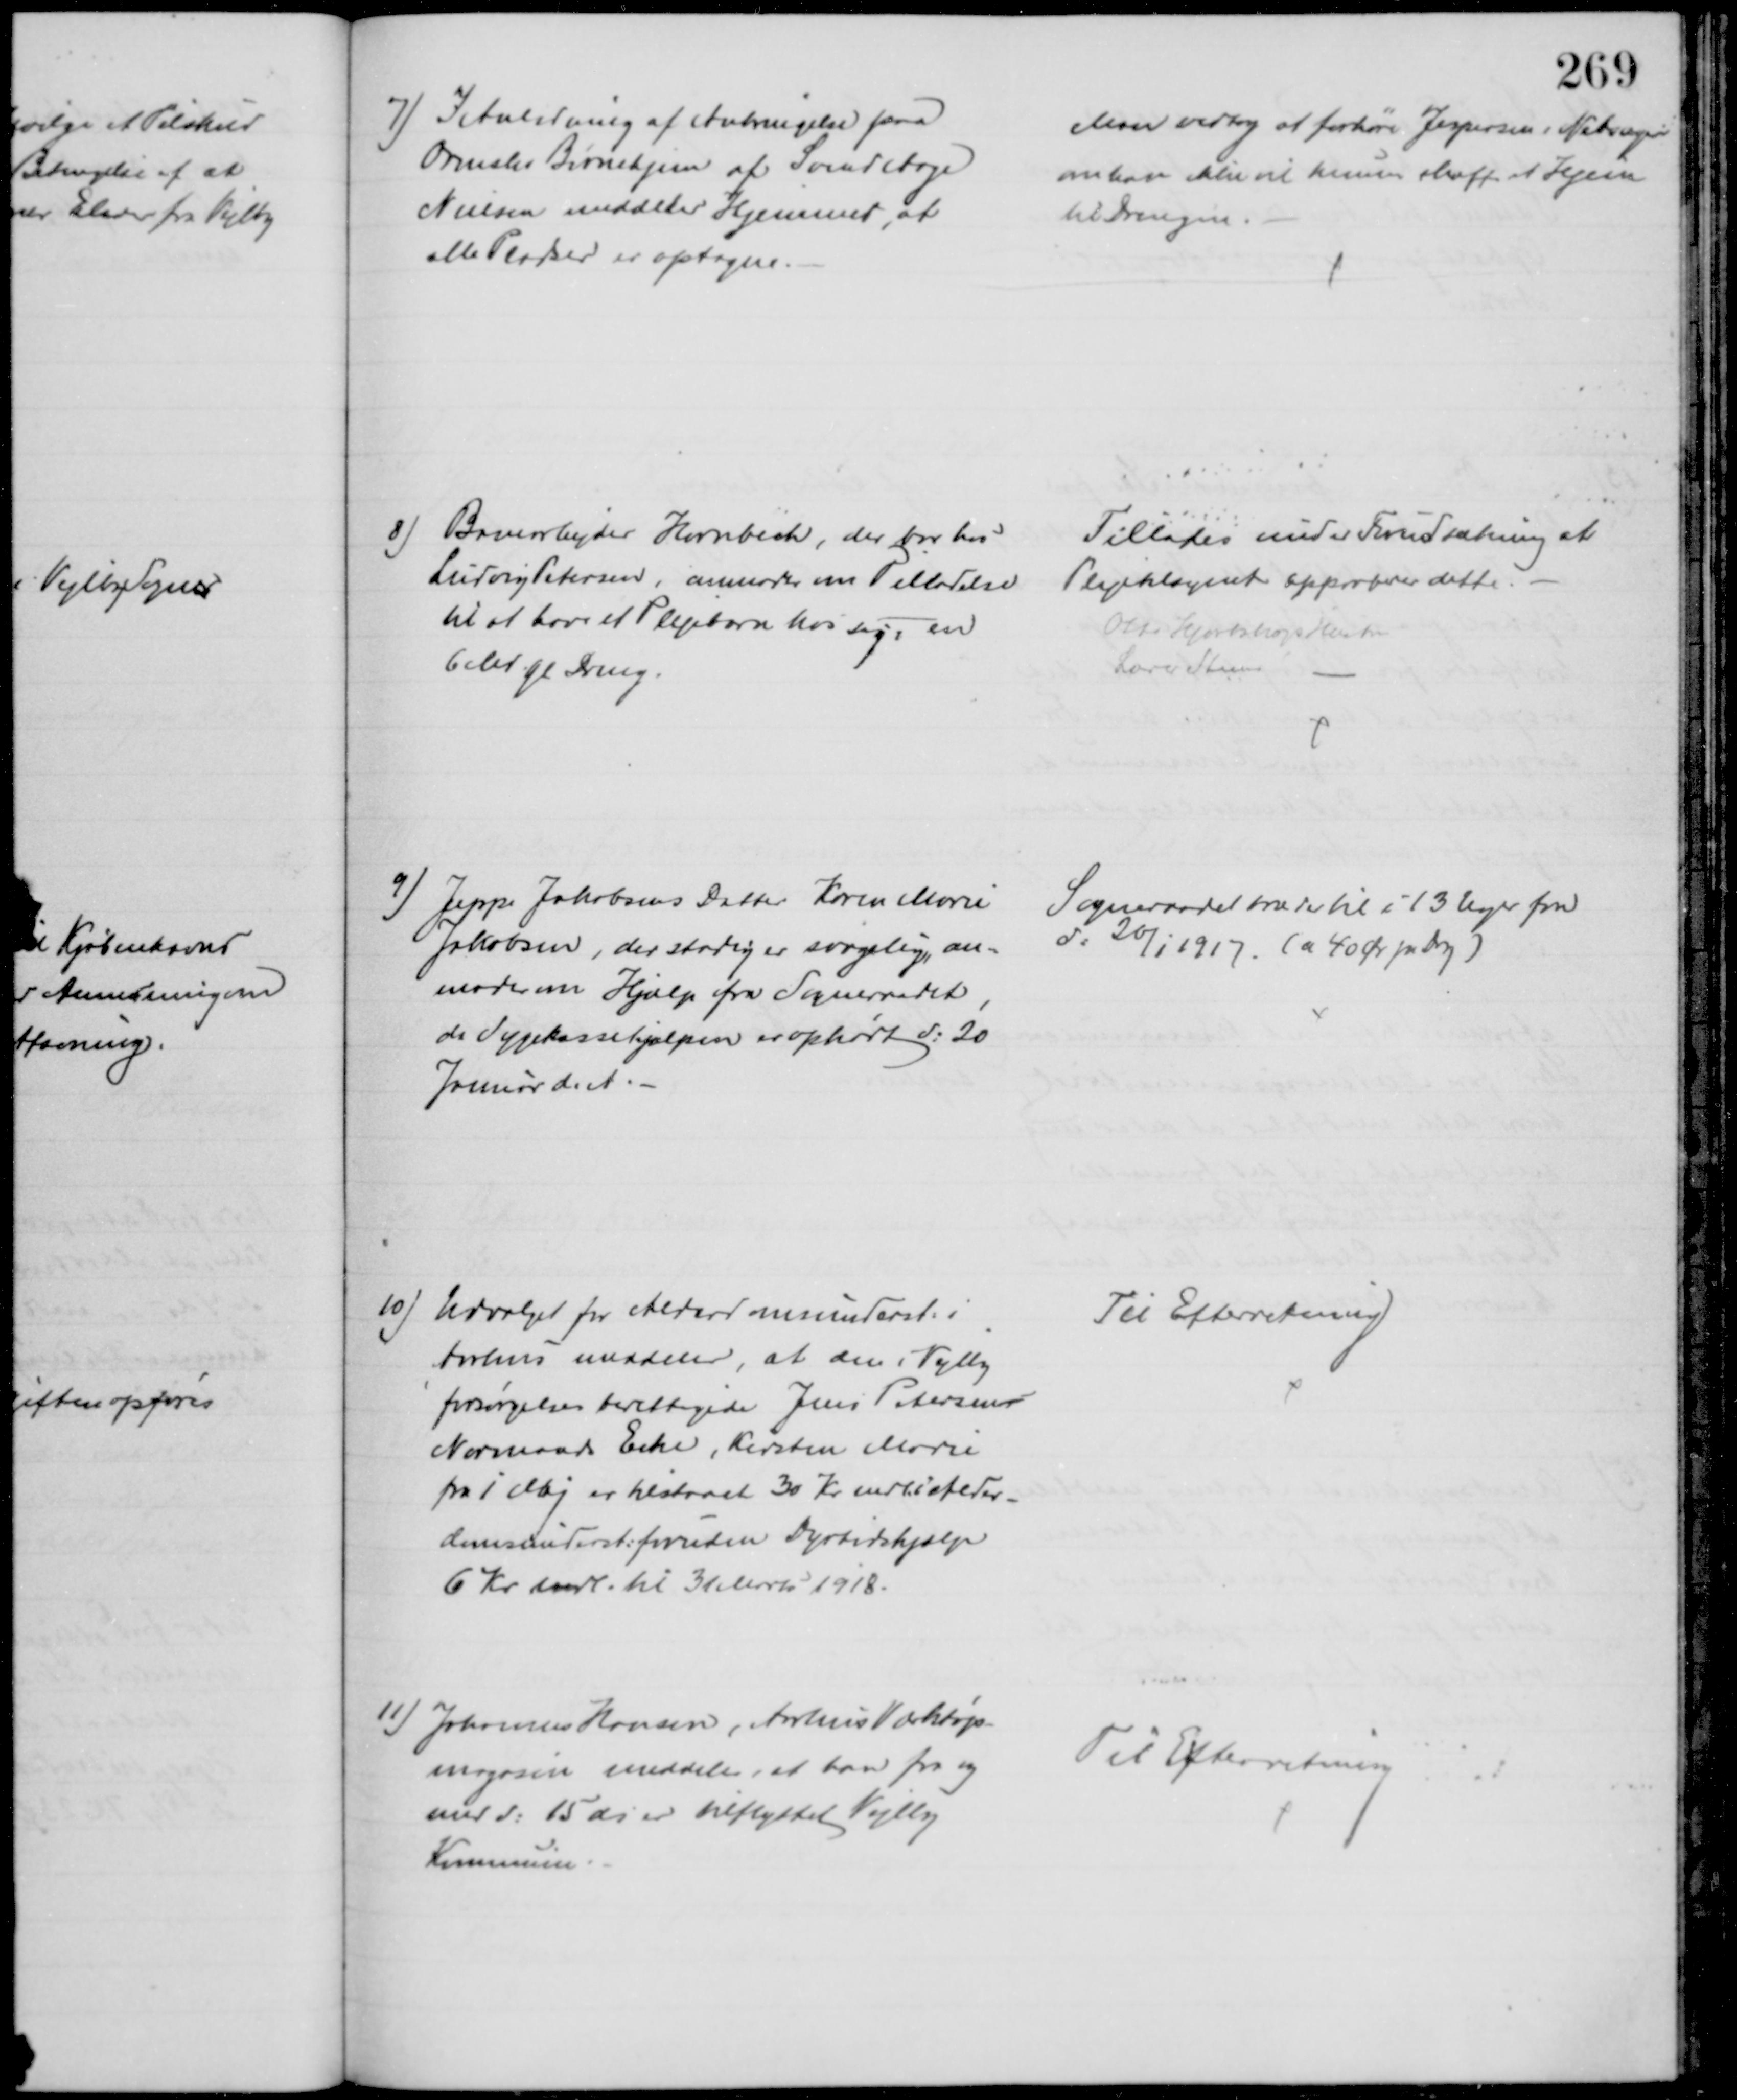
Transskription:
7) I Anledning af Anbringelse paa
Ormslev Børnehjem af Svend Aage
Nielsen meddeler Hjemmet, at
alle Pladser er optagne.
Man vedtog at forhøre Jespersen i Nebsager
om han ikke vil kunde skaffe et Hjem
til Drengen
8)
Banearbejder Hornbech, der bor hos
Ludvig Petersen, anmoder om Tilladelse
til at have et Plejebarn hos sig, en
6 Md. gl Dreng.
Tillades under Forudsætning at
Plejetilsynet approberer dette.
Otto Hjortshøjs Hustru
Lærer Steen
9) Jeppe Jakobsens Datter Karen Marie
Jakobsen, der stadig er svagelig, an-
moder om Hjælp fra Sogneraadet
da Sygekassehjælpen er ophørt d: 20
Januar d. A 
Sogneraadet træder til i 13 Uger fra
d: 20/1 1917. ( a 40 Ør pr dag)
10) Udvalget for Alderdomsunderst. i
Aarhus meddeler, at den i Vejlby
forsørgelsesberettigede Jens Petersen
Normands Enke, Kirsten Marie
fra 1 Maj er tilstaaet 30 Kr indtil Alder-
domsunderst: foruden Dyrtidshjælp
6 Kr. mdl. til 31 Marts 1918.
Til Efterretning
11) Johannes Hansen, Aarhus Værktøjs-
magasin meddeler, at han fra og
med d: 15 ds er tilflyttet Vejlby
Kommune
Til Efterretning